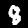
Label: 8